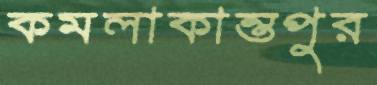
কমলাকান্তপুর